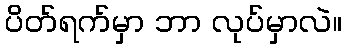
ပိတ်ရက်မှာ ဘာ လုပ်မှာလဲ။